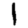
Digit: 1